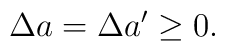
\Delta a=\Delta a^{\prime}\geq 0.